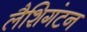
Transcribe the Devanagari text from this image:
लैशिगंटन